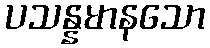
ပသန္နမာနသော